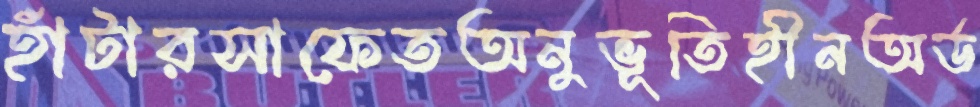
হাঁটারসাফেতঅনুভূতিহীনঅর্ড